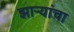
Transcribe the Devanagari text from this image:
झाऱ्यांचा